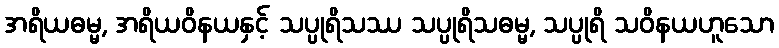
အရိယဓမ္မ, အရိယဝိနယနှင့် သပ္ပုရိသဿ သပ္ပုရိသဓမ္မ, သပ္ပုရိ သဝိနယဟူသော